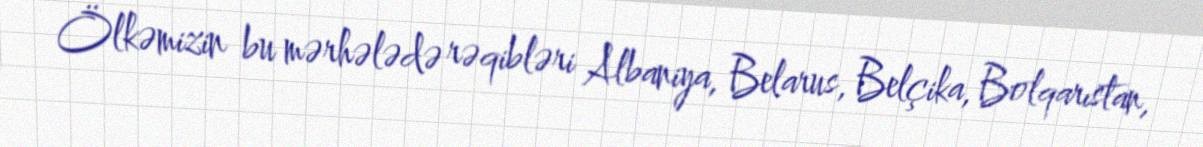
Ölkəmizin bu mərhələdə rəqibləri Albaniya, Belarus, Belçika, Bolqarıstan,